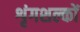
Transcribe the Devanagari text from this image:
शृंगशल्कों